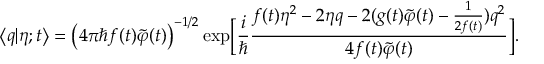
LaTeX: \bigl < q | \eta ; t \bigr > = \bigl ( 4 \pi \hbar f ( t ) \tilde { \varphi } ( t ) \bigr ) ^ { - 1 / 2 } \exp \Bigl [ \frac { i } { \hbar } \frac { f ( t ) \eta ^ { 2 } - 2 \eta q - 2 ( g ( t ) \tilde { \varphi } ( t ) - \frac { 1 } { 2 f ( t ) } ) q ^ { 2 } } { 4 f ( t ) \tilde { \varphi } ( t ) } \Bigr ] .